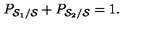
P _ { { \cal S } _ { 1 } / { \cal S } } + P _ { { \cal S } _ { 2 } / { \cal S } } = 1 .